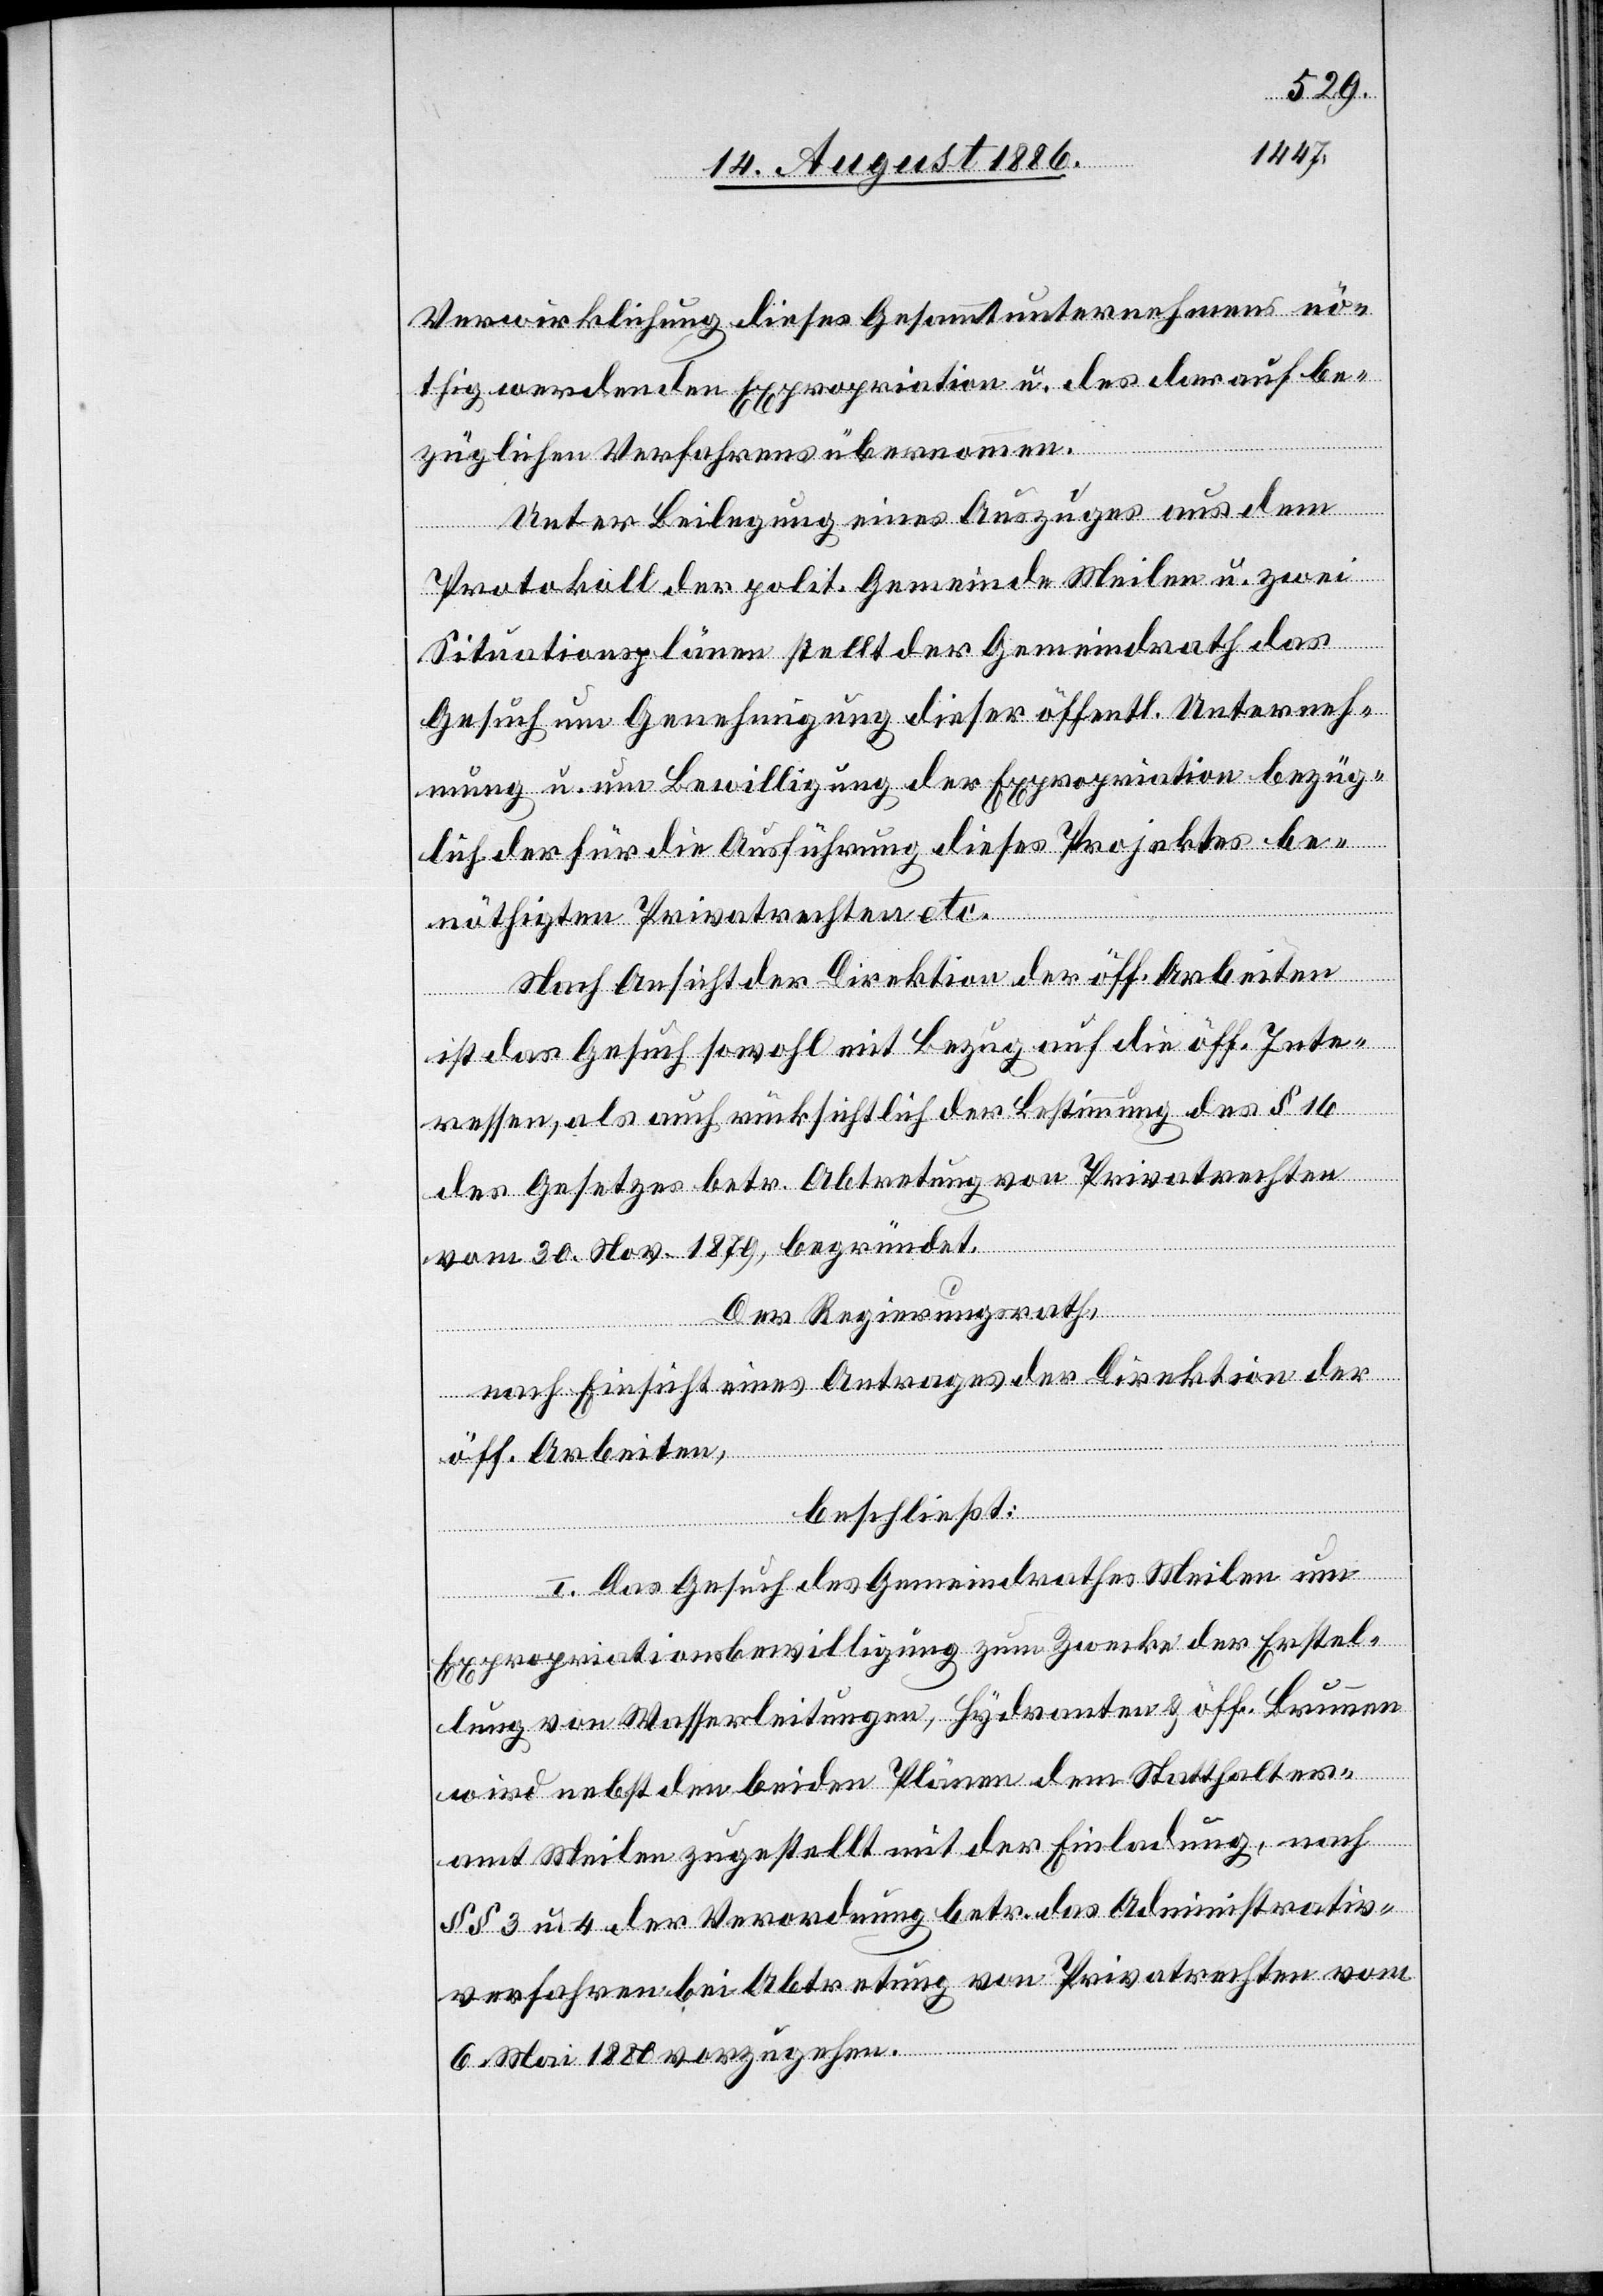
Verwirklichung dieses Gesammtunternehmens nö¬
thig werdenden Expropriation[en] u. des darauf be¬
züglichen Verfahrens übernommen.
Unter Beilegung eines Auszuges aus dem
Protokoll der polit. Gemeinde Meilen u. zwei
Situationsplänen stellt der Gemeindrath das
Gesuch um Genehmigung dieser öffentl. Unterneh¬
mung u. um Bewilligung der Expropriation bezüg¬
lich der für die Ausführung dieses Projektes be¬
nöthigten Privatrechten etc.
Nach Ansicht der Direktion der öff. Arbeiten
ist das Gesuch sowohl mit Bezug auf die öff. Inte¬
ressen, als auch rücksichtlich der Bestimmung des § 16
des Gesetzes betr. Abtretung von Privatrechten
vom 30. Nov. 1879, begründet.
Der Regierungsrath,
nach Einsicht eines Antrages der Direktion der
öff. Arbeiten,
beschließt:
I. Das Gesuch des Gemeindrathes Meilen um
Expropriationsbewilligung zum Zwecke der Erstel¬
lung von Wasserleitungen, Hydranten & öff. Brunnen
wird nebst den beiden Plänen dem Statthalter¬
amt Meilen zugestellt mit der Einladung, nach
§§ 3. u. 4 der Verordnung betr. das Administrativ¬
verfahren bei Abtretung von Privatrechten vom
6. Mai 1880 vorzugehen.